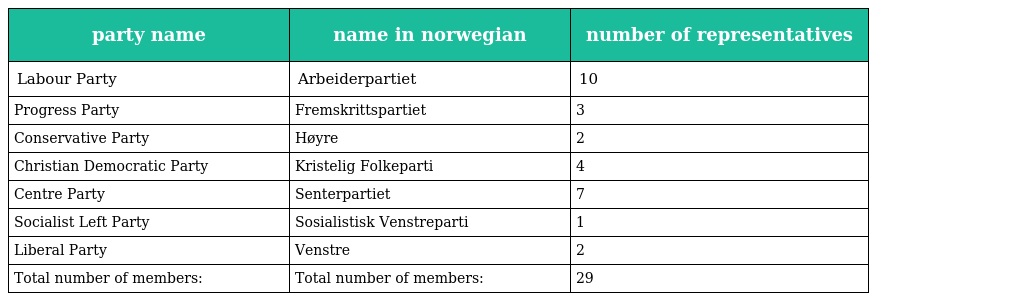
| party name | name in norwegian | number of representatives |
 | --- | --- | --- |
 | Labour Party | Arbeiderpartiet | 10 |
 | Progress Party | Fremskrittspartiet | 3 |
 | Conservative Party | Høyre | 2 |
 | Christian Democratic Party | Kristelig Folkeparti | 4 |
 | Centre Party | Senterpartiet | 7 |
 | Socialist Left Party | Sosialistisk Venstreparti | 1 |
 | Liberal Party | Venstre | 2 |
 | Total number of members: | Total number of members: | 29 |